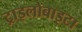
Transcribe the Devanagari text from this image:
ट्राइलोबाइटा